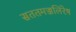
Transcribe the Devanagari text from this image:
सततमज्जलिरेष